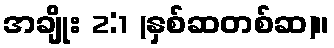
အချိုး 2:1 (နှစ်ဆတစ်ဆ)။